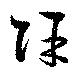
除